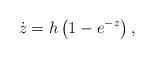
LaTeX: \begin{align*}\dot{z}=h\left(1-e^{-z}\right),\end{align*}